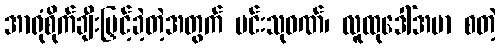
အာရုံစိုက်ချီးမြှင့်ခဲ့တဲ့အတွက် မင်းသုဝဏ်၊ လူထုဒေါ်အမာ စတဲ့